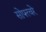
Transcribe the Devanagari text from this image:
सोफ्त्वरे